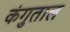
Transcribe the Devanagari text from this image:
कंगुताल